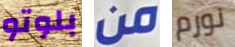
بلوتو من نورم